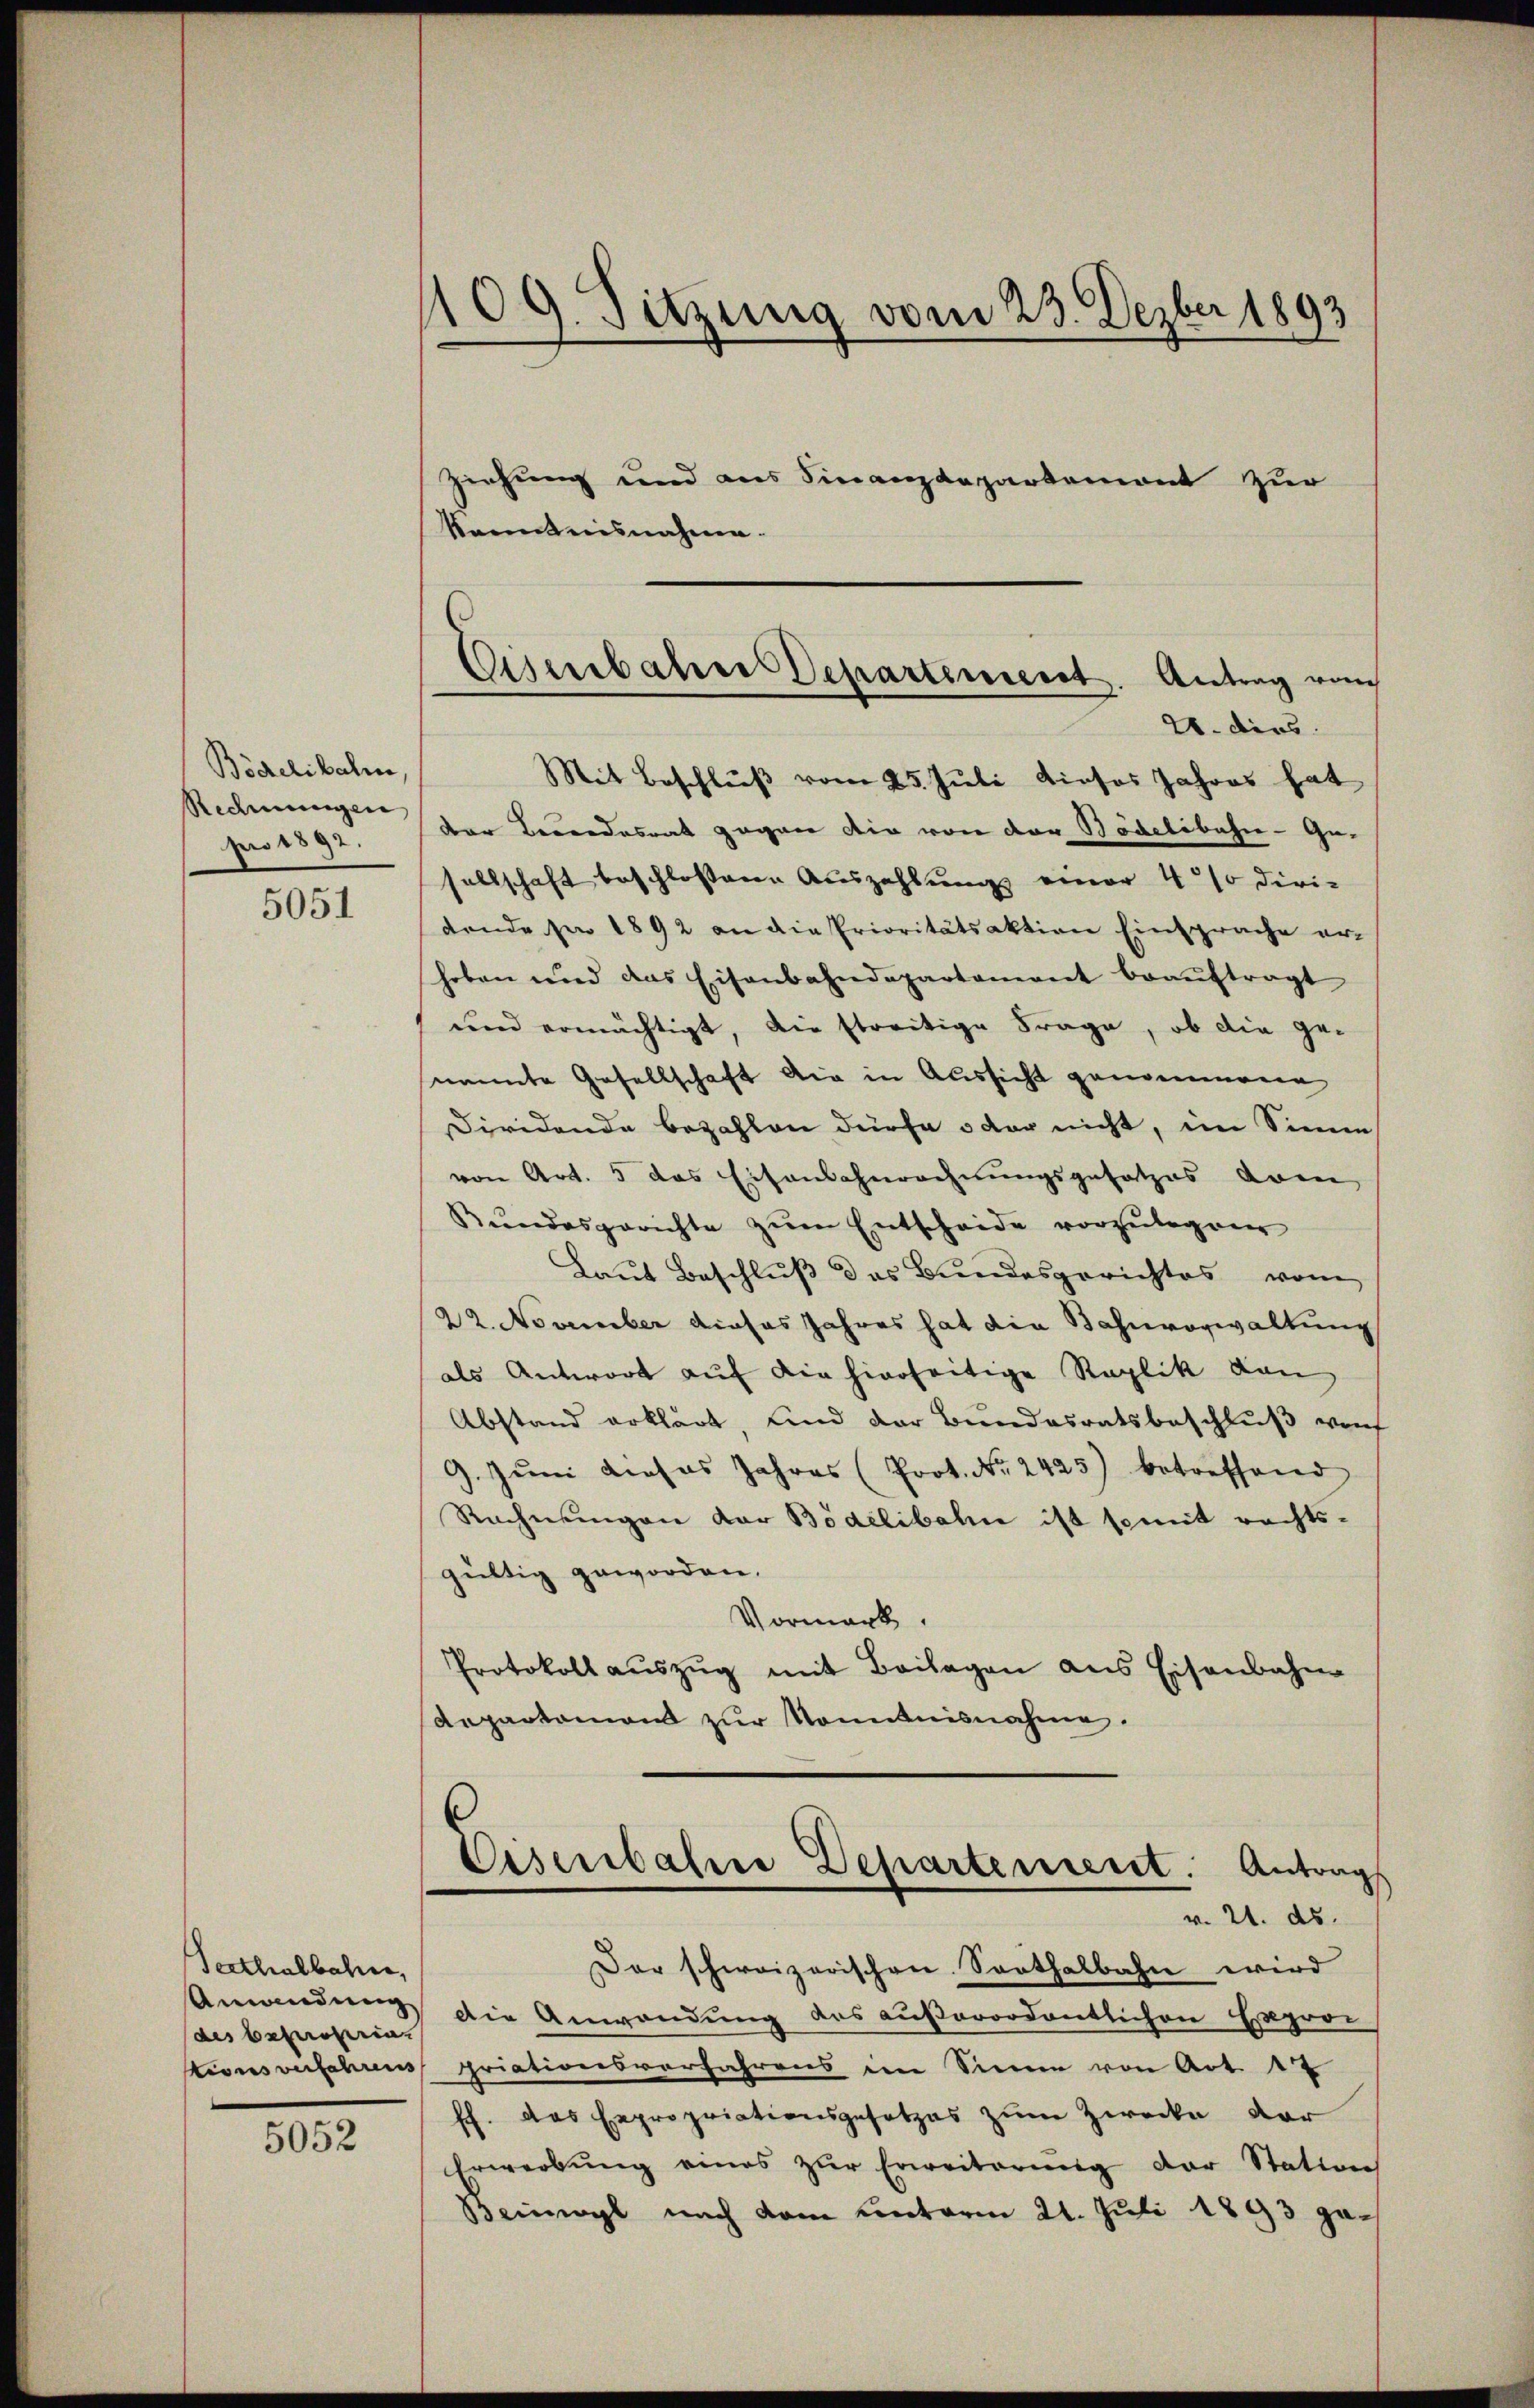
Böcelibalm
Redmungen,
pro 1892.

5051

Verthalbahnen,
Anwendung
des besucherin.

5052

109. Sitzung vom 23. Dezber 1893
ziehung und aus Finanzdepartemont zur
kanntnisnahme.

Eisenbahres Departenverst. Antrag von
20. dies

Mit Beschlŭβ vom 25. Juli dieses Jahres hat
der Beendesrat gegen die von der Bödelibahn- Gesellschaft beschlossene Auszahlung einer 40% diri-
dende sie 1892 an die Prioritätsaktion Einsprache erhoben und das Eisenbahndepartement beauftragt
und ermächtigt, die streitige Frage, ob die ge-
namte Gesellschaft die in Aussicht genommene
Diridende bezahlen dürfe oder nicht, im Sinne
von Art. 5 das Eisenbahnrechnungsgesetzes drin
Rŭndesgerichte zŭm Entscheide vorzŭlegen
Laut Beschluß des Bundesgerichtes vom
22. November dieses Jahres hat die Bahnvorwaltung
als Antwort auf die hierseitige Replik von
Abstand erklärt, und der Bundesratsbeschluß von
9. Jŭni dieses Jahres (Prot. No. 2425) betreffend
Rechnungen der Bödelibahn ist semit rechts-
gültig geworden.
Vormark
Protokoll aŭszŭg mit Beilagen aus Eisenbahne
Repartamen zur Sonntnisnahme.

Eisenbahner Departement. Antrags
v. 21. ds.

Der schweizerischen Sorthalbahn wird
Die Anwendung des außerordentlichen Expro-
tionsverfahrens priationsvorfahrens im Sinne von Art. 12
ff. das Expropriationsgesetzes zum Zwecke der
Erwerbŭng eines zŭr Erweiterŭng der Station
Heimal nach dem unterm 21. Juli 1893 ga¬